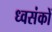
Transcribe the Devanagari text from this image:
ध्वसंकों